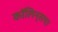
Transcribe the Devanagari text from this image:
कॉलिन्सचा